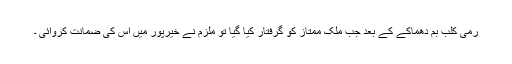
رمی کلب بم دھماکے کے بعد جب ملک ممتاز کو گرفتار کیا گیا تو ملزم نے خیرپور میں اس کی ضمانت کروائی ۔